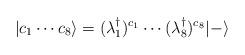
LaTeX: \begin{align*}| c_1 \cdots c_8 \rangle = (\lambda^\dagger_1)^{ c_1} \cdots (\lambda^\dagger_8)^{c_8}|-\rangle\end{align*}